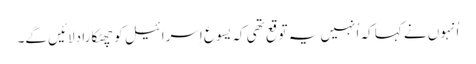
‏ اُنہوں نے کہا کہ اُنہیں یہ توقع تھی کہ یسوع اِسرائیل کو چھٹکارا دِلائیں گے۔